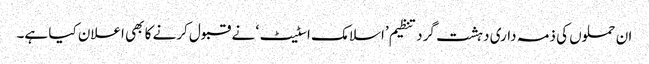
ان حملوں کی ذمہ داری دہشت گرد تنظیم ’اسلامک اسٹیٹ‘ نے قبول کرنے کا بھی اعلان کیا ہے۔